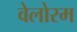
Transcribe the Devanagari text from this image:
वेलोरम